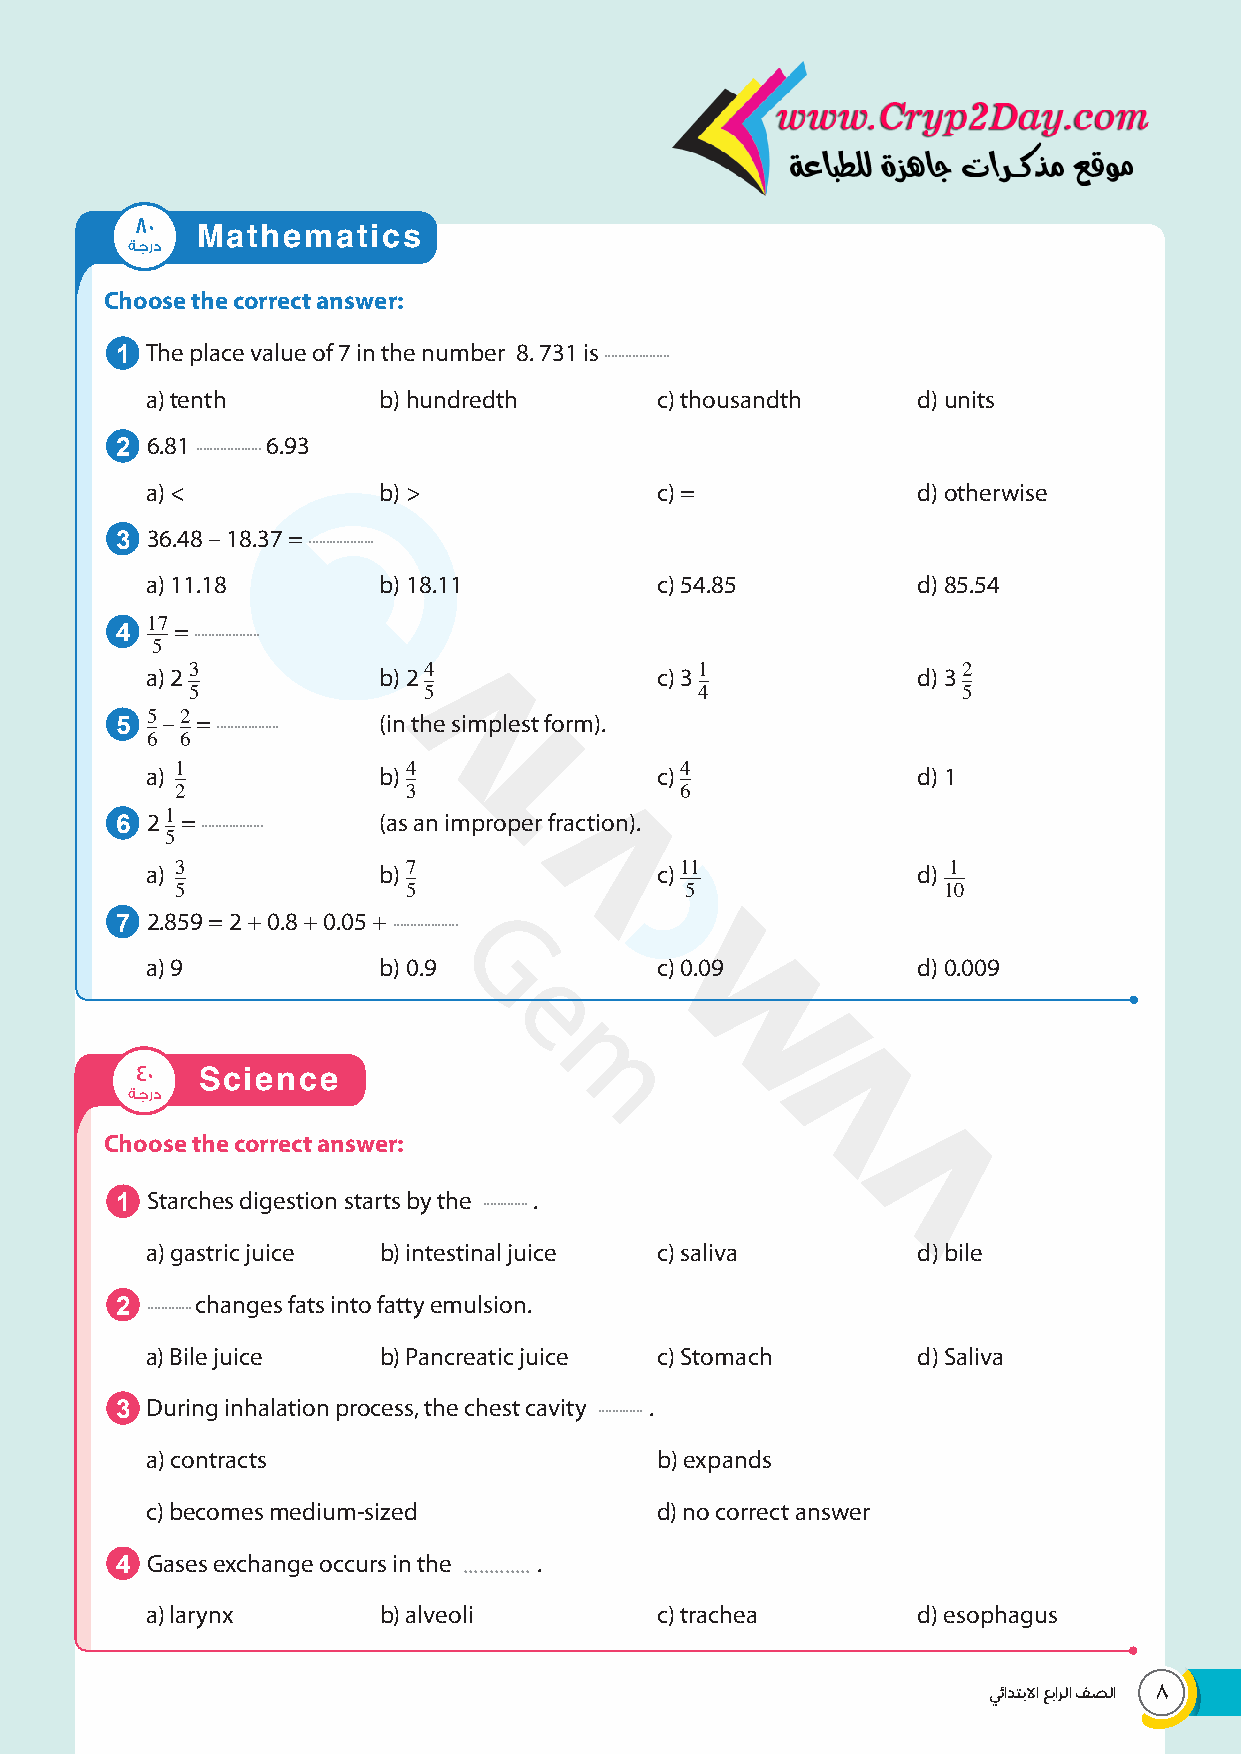
80  Mathematics
 ةجرد
 Choose the correct answer:
 1 The place value of 7 in the number 8. 731 is ...................
 a) tenth       b) hundredth      c) thousandth     d) units
 2 6.81 ................... 6.93
 a) <           b) >              c) =              d) otherwise
 3 36.48 – 18.37 = ...................
 a) 11.18       b) 18.11          c) 54.85          d) 85.54
 4 17 = ...................
 5
 a) 2 3         b) 2 4            c) 3 1            d) 3 2
 5               5                 4                 5
 5 5 – 2 = .................. (in the simplest form).
 6 6
 a) 1           b) 4              c) 4              d) 1
 2              3                 6
 6 2 1 = .................. (as an improper fraction).
 5
 a) 3           b) 7              c) 11             d) 1
 5              5                 5                10
 7 2.859 = 2 + 0.8 + 0.05 + ...................
 a) 9           b) 0.9            c) 0.09           d) 0.009
 40  Science
 ةجرد
 Choose the correct answer:
 1 Starches digestion starts by the ............. .
 a) gastric juice b) intestinal juice c) saliva     d) bile
 2 ............. changes fats into fatty emulsion.
 a) Bile juice  b) Pancreatic juice c) Stomach      d) Saliva
 3 During inhalation process, the chest cavity ............. .
 a) contracts                     b) expands
 c) becomes medium-sized          d) no correct answer
 4 Gases exchange occurs in the ............. .
 a) larynx      b) alveoli        c) trachea        d) esophagus
 يئادتبلاا عبارلا فصلا
 8